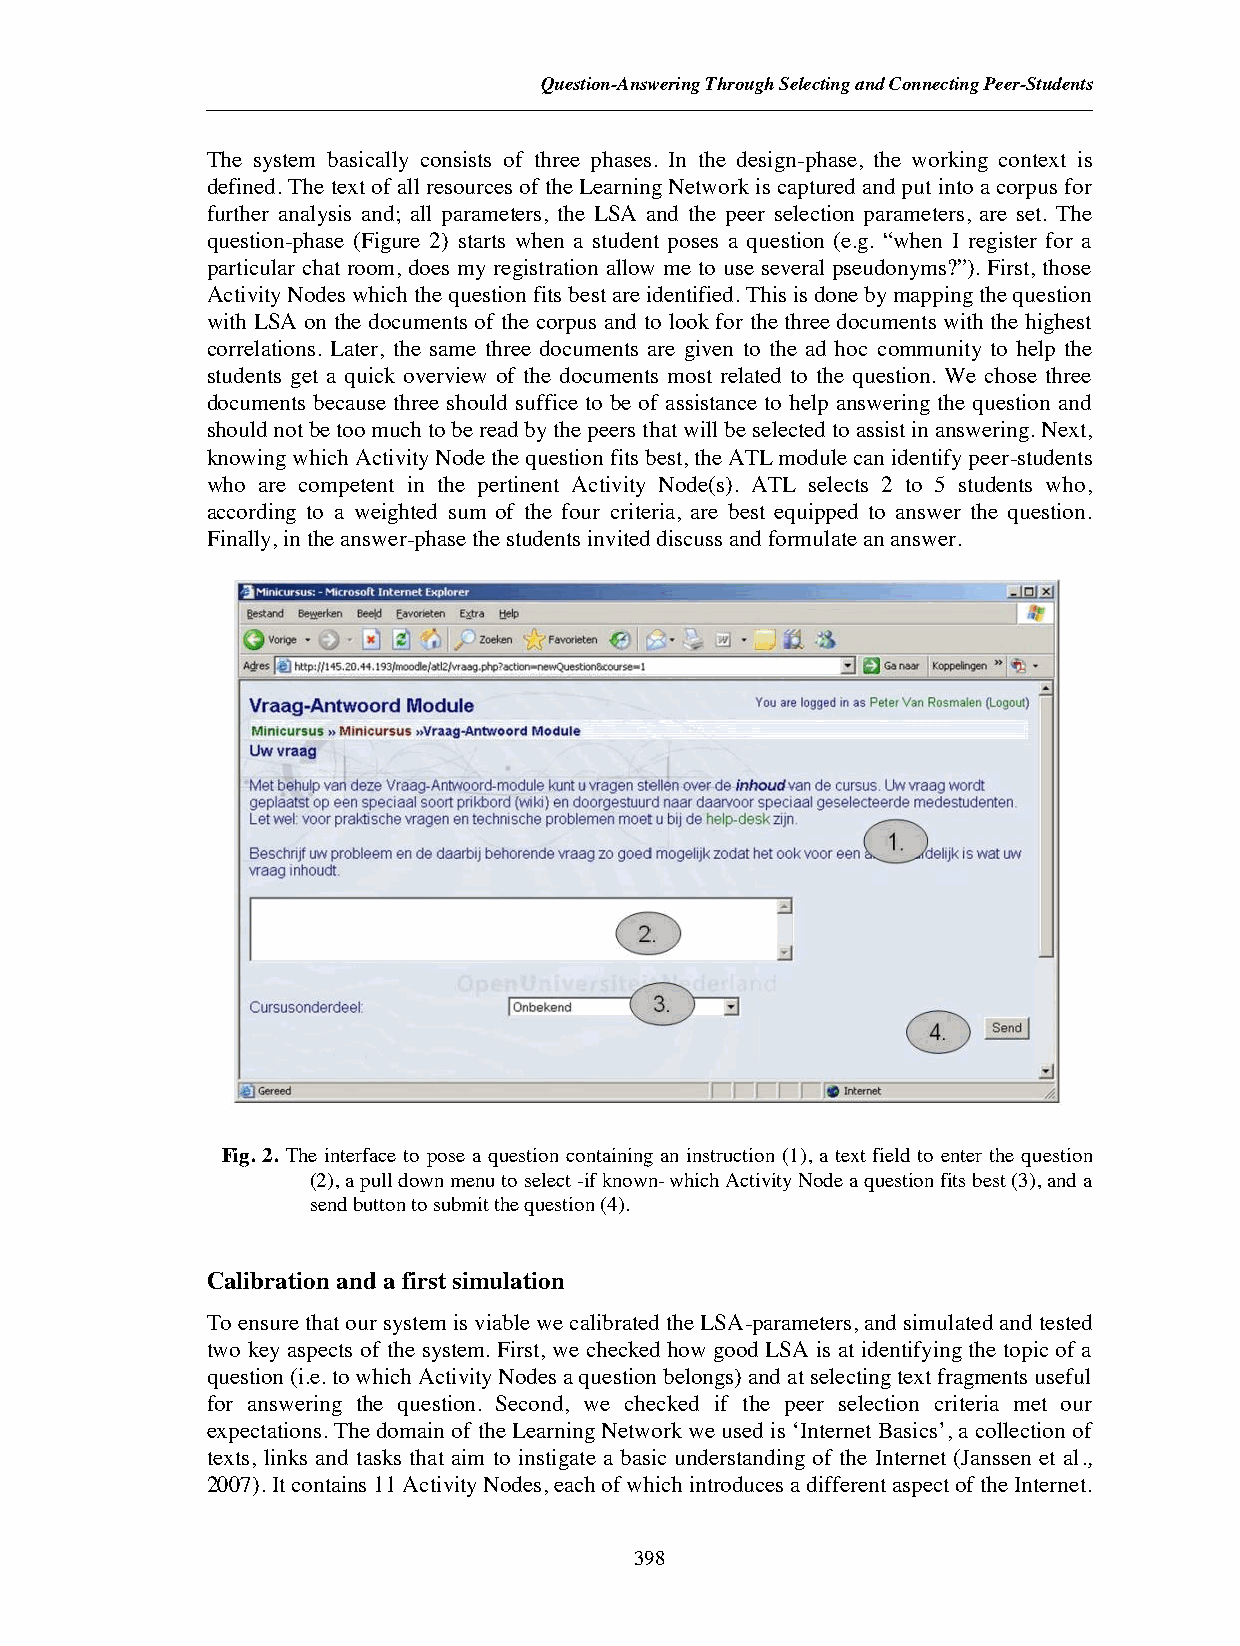
Question-Answering Through Selecting and Connecting Peer-Students
 The system basically consists of three phases. In the design-phase, the working context is
 defined. The text of all resources of the Learning Network is captured and put into a corpus for
 further analysis and; all parameters, the LSA and the peer selection parameters, are set. The
 question-phase (Figure 2) starts when a student poses a question (e.g. “when I register for a
 particular chat room, does my registration allow me to use several pseudonyms?”). First, those
 Activity Nodes which the question fits best are identified. This is done by mapping the question
 with LSA on the documents of the corpus and to look for the three documents with the highest
 correlations. Later, the same three documents are given to the ad hoc community to help the
 students get a quick overview of the documents most related to the question. We chose three
 documents because three should suffice to be of assistance to help answering the question and
 should not be too much to be read by the peers that will be selected to assist in answering. Next,
 knowing which Activity Node the question fits best, the ATL module can identify peer-students
 who are competent in the pertinent Activity Node(s). ATL selects 2 to 5 students who,
 according to a weighted sum of the four criteria, are best equipped to answer the question.
 Finally, in the answer-phase the students invited discuss and formulate an answer.
 Fig. 2. The interface to pose a question containing an instruction (1), a text field to enter the question
 (2), a pull down menu to select-if known- which Activity Node a question fits best (3), and a
 send button to submit the question (4).
 Calibration and a first simulation
 To ensure that our system is viable we calibrated the LSA-parameters, and simulated and tested
 two key aspects of the system. First, we checked how good LSA is at identifying the topic of a
 question (i.e. to which Activity Nodes a question belongs) and at selecting text fragments useful
 for answering the question. Second, we checked if the peer selection criteria met our
 expectations. The domain of the Learning Network we used is ‘Internet Basics’, a collection of
 texts, links and tasks that aim to instigate a basic understanding of the Internet (Janssen et al.,
 2007). It contains 11 Activity Nodes, each of which introduces a different aspect of the Internet.
 398